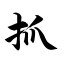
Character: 抓